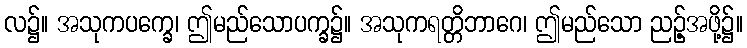
လ၌။ အသုကပက္ခေ၊ ဤမည်သောပက္ခ၌။ အသုကရတ္တိဘာဂေ၊ ဤမည်သော ညဉ့်အဖို့၌။